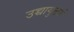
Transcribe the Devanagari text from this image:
उच्चायुक्तों